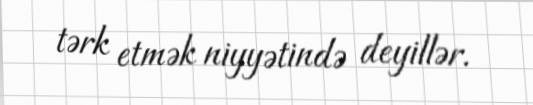
tərk etmək niyyətində deyillər.